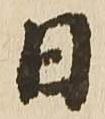
日